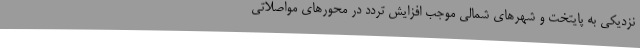
نزدیکی به پایتخت و شهرهای شمالی موجب افزایش تردد در محورهای مواصلاتی